Annual report of the Punjab Veterinary College and of the Civil Veterinary Department, Punjab - 1920-1925
Year: 1920
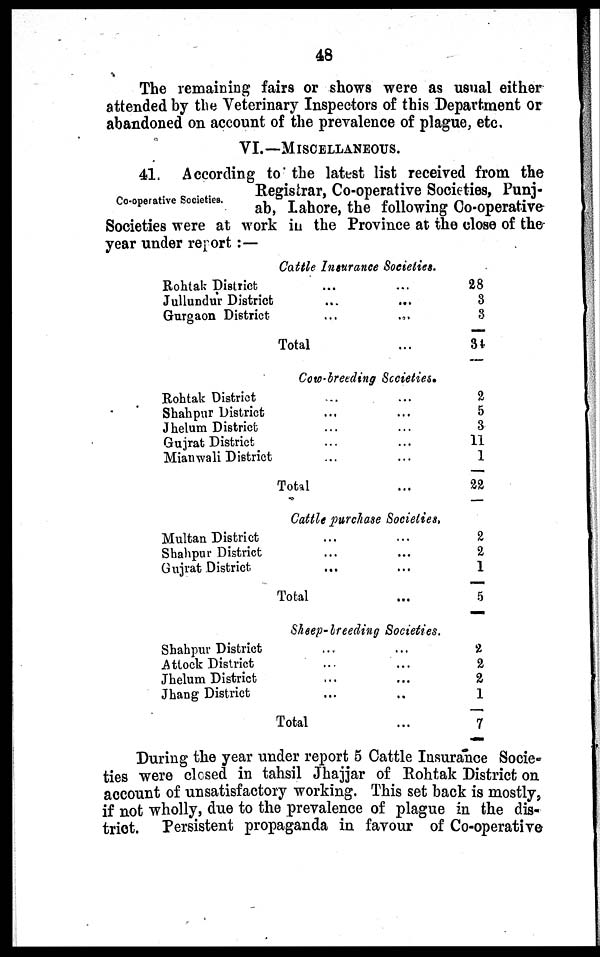
48
The remaining fairs or shows were as usual either
attended by the Veterinary Inspectors of this Department or
abandoned on account of the prevalence of plague, etc.
VI.—MISCELLANEOUS.
Co-operative Societies.
41. According to the latest list received from the
Registrar, Co-operative Societies, Punj-
ab, Lahore, the following Co-operative
Societies were at work in the Province at the close of the
year under report :—
Cattle Insurance Societies.
Rohtak District
Jullundur District
Gurgaon District
Total
...
...
...
...
...
...
...
28
3
8
34
Rohtak District
Shahpur District
Jhelum District
Gujrat District
Mianwali District
Multan District
Shahpur District
Gujrat District
Shahpur District
Attock District
Jhelum District
Jhang District
Cow-breeding Societies.
...
...
... ...
... ...
... ...
... ...
Total ...
Cattle purchase Societies,
...
...
... ...
... ...
Total ...
Sheep-breeding Societies.
... ...
... ...
... ...
... ..
Total ...
2
5
3
11
1
22
2
2
1
5
2
2
2
1
7
During the year under report 5 Cattle Insurance Socie-
ties were closed in tahsil Jhajjar of Rohtak District on
account of unsatisfactory working. This set back is mostly,
if not wholly, due to the prevalence of plague in the dis-
trict. Persistent propaganda in favour of Co-operative